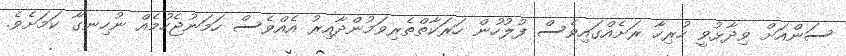
ސަންއަށް ވިދާޅުވީ ހުރިހާ ރަށެއްގައިވެސް ފުލުހުން ހަރަކާތްތެރިވަމުންދާއިރު އެއްވެސް ހަމަނުޖެހުމެއް ނުހިނގާ ކަމަށެވެ.